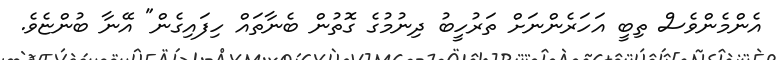
އެންމެންވެސް ތިބީ އަހަރެންނަށް ތަރުހީބު ދިނުމުގެ ގޮތުން ބެނާތައް ހިފައިގެން" އޭނާ ބުންޏެވެ.